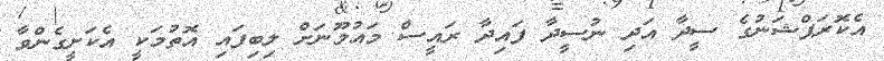
އެކޮރަޕްޝަނުގެ ސީދާ އަދި ނުސީދާ ފައިދާ ރައީސް މައުމޫނަށް ލިބިފައި އޮތުމަކީ އެކަށީގެންވާ